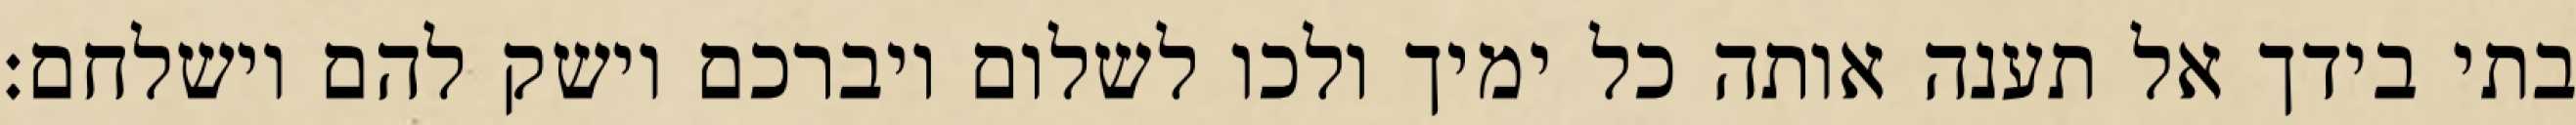
בתי בידך אל תענה אותה כל ימיך ולכו לשלום ויברכם וישק להם וישלחם: